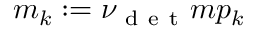
m _ { k } : = \nu _ { \mathrm { ~ d ~ e ~ t ~ } } m p _ { k }